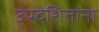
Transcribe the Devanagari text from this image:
उपदेशितांना